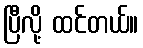
ပြီလို့ ထင်တယ်။